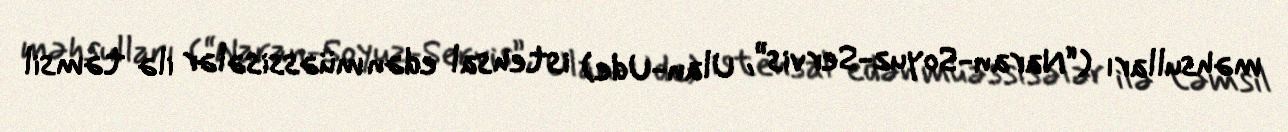
məhsulları (“Naran-Soyuz-Servis”, Ulan-Ude) istehsal edən müəssisələr ilə təmsil